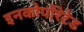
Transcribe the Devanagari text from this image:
इनकोर्पोरेटेड